Scottish Leaving Certificate Examination, 1959
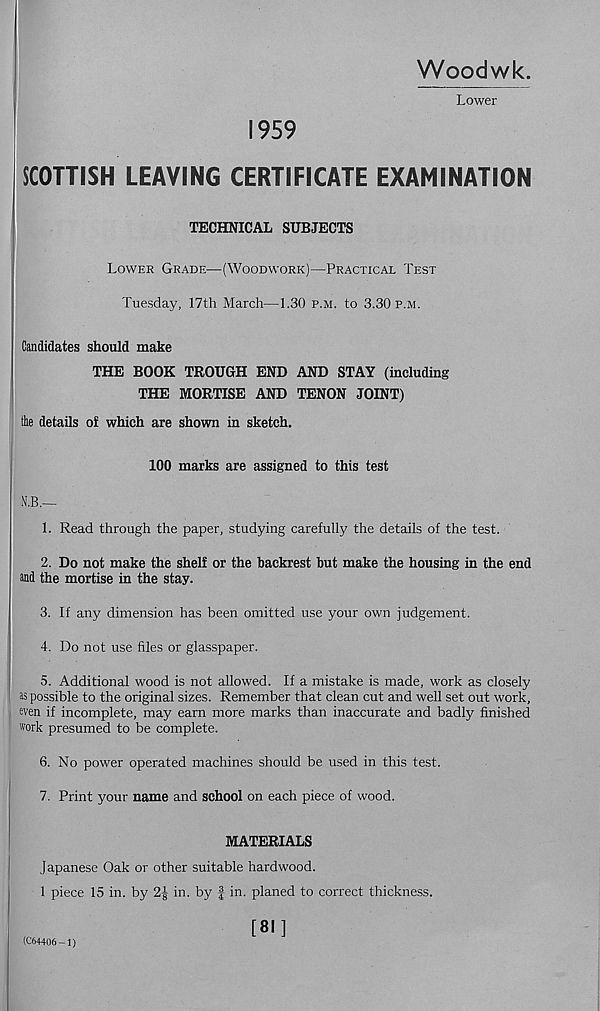
Woodwk.
Lower
1959
SCOTTISH LEAVING CERTIFICATE EXAMINATION
TECHNICAL SUBJECTS
Lower Grade—(Woodwork)—Practical Test
Tuesday, 17th March—1.30 p.m. to 3.30 p.m.
Candidates should make
THE BOOK TROUGH END AND STAY (including
THE MORTISE AND TENON JOINT)
the details of which are shown in sketch.
100 marks are assigned to this test
N.B.—
1. Read through the paper, studying carefully the details of the test.
2. Do not make the shelf or the backrest but make the housing in the end
and the mortise in the stay.
3. If any dimension has been omitted use your own judgement.
4. Do not use files or glasspaper.
5. Additional wood is not allowed. If a mistake is made, work as closely
as possible to the original sizes. Remember that clean cut and well set out work,
wen if incomplete, may earn more marks than inaccurate and badly finished
work presumed to be complete.
6. No power operated machines should be used in this test.
7. Print your name and school on each piece of wood.
MATERIALS
Japanese Oak or other suitable hardwood.
1 piece 15 in. by 2J in. by f in. planed to correct thickness.
(C64406 — 1)
[81]